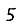
Digit: 5